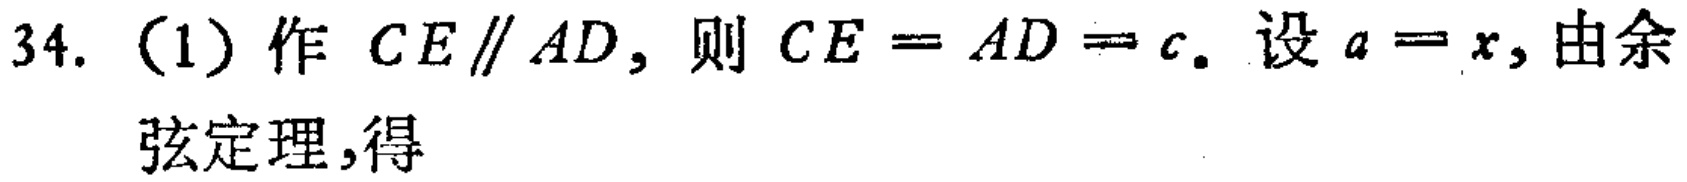
34. （1）作 \(CE\parallel AD\)，则 \(CE = AD = c\). 设 \(a = x\), 由余弦定理,得